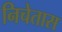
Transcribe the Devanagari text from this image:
निचेतास